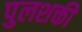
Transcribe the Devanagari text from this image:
पुलशक्ती